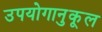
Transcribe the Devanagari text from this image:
उपयोगानुकूल